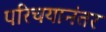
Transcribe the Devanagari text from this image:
परिचयानंतर